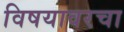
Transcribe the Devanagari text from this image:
विषयावरचा